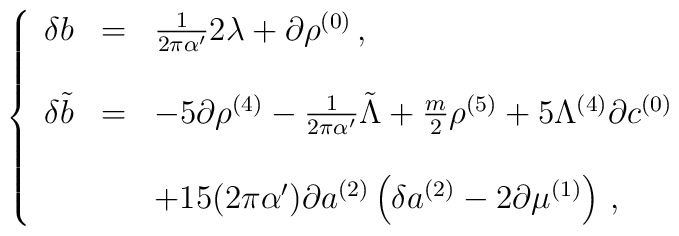
\left\{\begin{array}{rcl}\delta b & = & \frac{1}{2\pi\alpha^{\prime}}2\lambda +\partial\rho^{(0)}\, ,\\& & \\\delta \tilde{b} & = & -5\partial\rho^{(4)}-\frac{1}{2\pi\alpha^{\prime}}\tilde{\Lambda} +\frac{m}{2}\rho^{(5)} +5\Lambda^{(4)}\partial c^{(0)}\\& & \\& &+15(2\pi\alpha^{\prime})\partial a^{(2)}\left(\delta a^{(2)}-2\partial\mu^{(1)}\right)\, ,\\\end{array}\right.